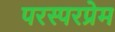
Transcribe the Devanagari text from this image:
परस्परप्रेम